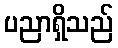
ပညာရှိသည်